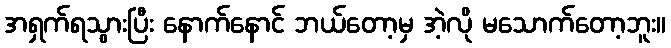
အရှက်ရသွားပြီး နောက်နောင် ဘယ်တော့မှ အဲ့လို မသောက်တော့ဘူး။